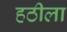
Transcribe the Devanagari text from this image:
हठीला